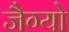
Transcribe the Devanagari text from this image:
जैग्यो